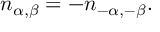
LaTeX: n _ { \alpha , \beta } = - n _ { - \alpha , - \beta } .